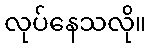
လုပ်နေသလို။